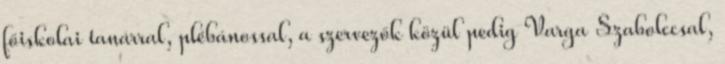
főiskolai tanárral, plébánossal, a szervezők közül pedig Varga Szabolccsal,